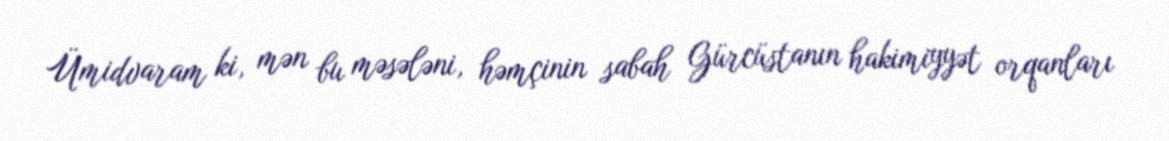
Ümidvaram ki, mən bu məsələni, həmçinin sabah Gürcüstanın hakimiyyət orqanları